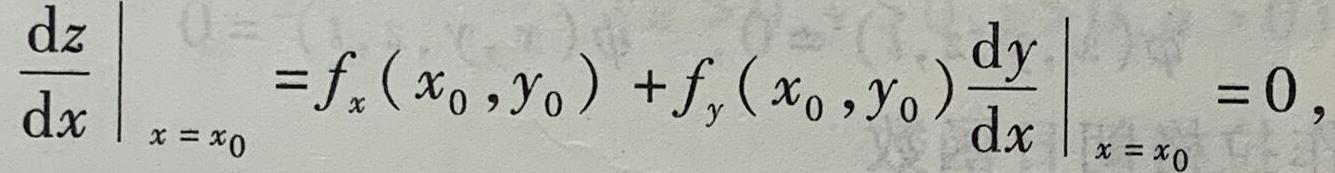
$\left.\frac{\mathrm{d}z}{\mathrm{d}x}\right|_{x = x_0}=f_x\left(x_0,y_0\right)+f_y\left(x_0,y_0\right)\left.\frac{\mathrm{d}y}{\mathrm{d}x}\right|_{x = x_0}=0,$